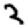
Digit: 3